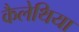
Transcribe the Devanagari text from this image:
कैलेथिया